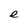
Character: e